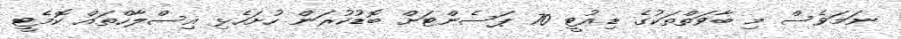
ނަމަވެސް މި ބާވަތްތަކުގެ ޑިއުޓީ 70 ޕަސެންޓަށް ބޮޑުކުރަން ހުށަހެޅި އިސްލާހްތައް ކޮމެޓީ